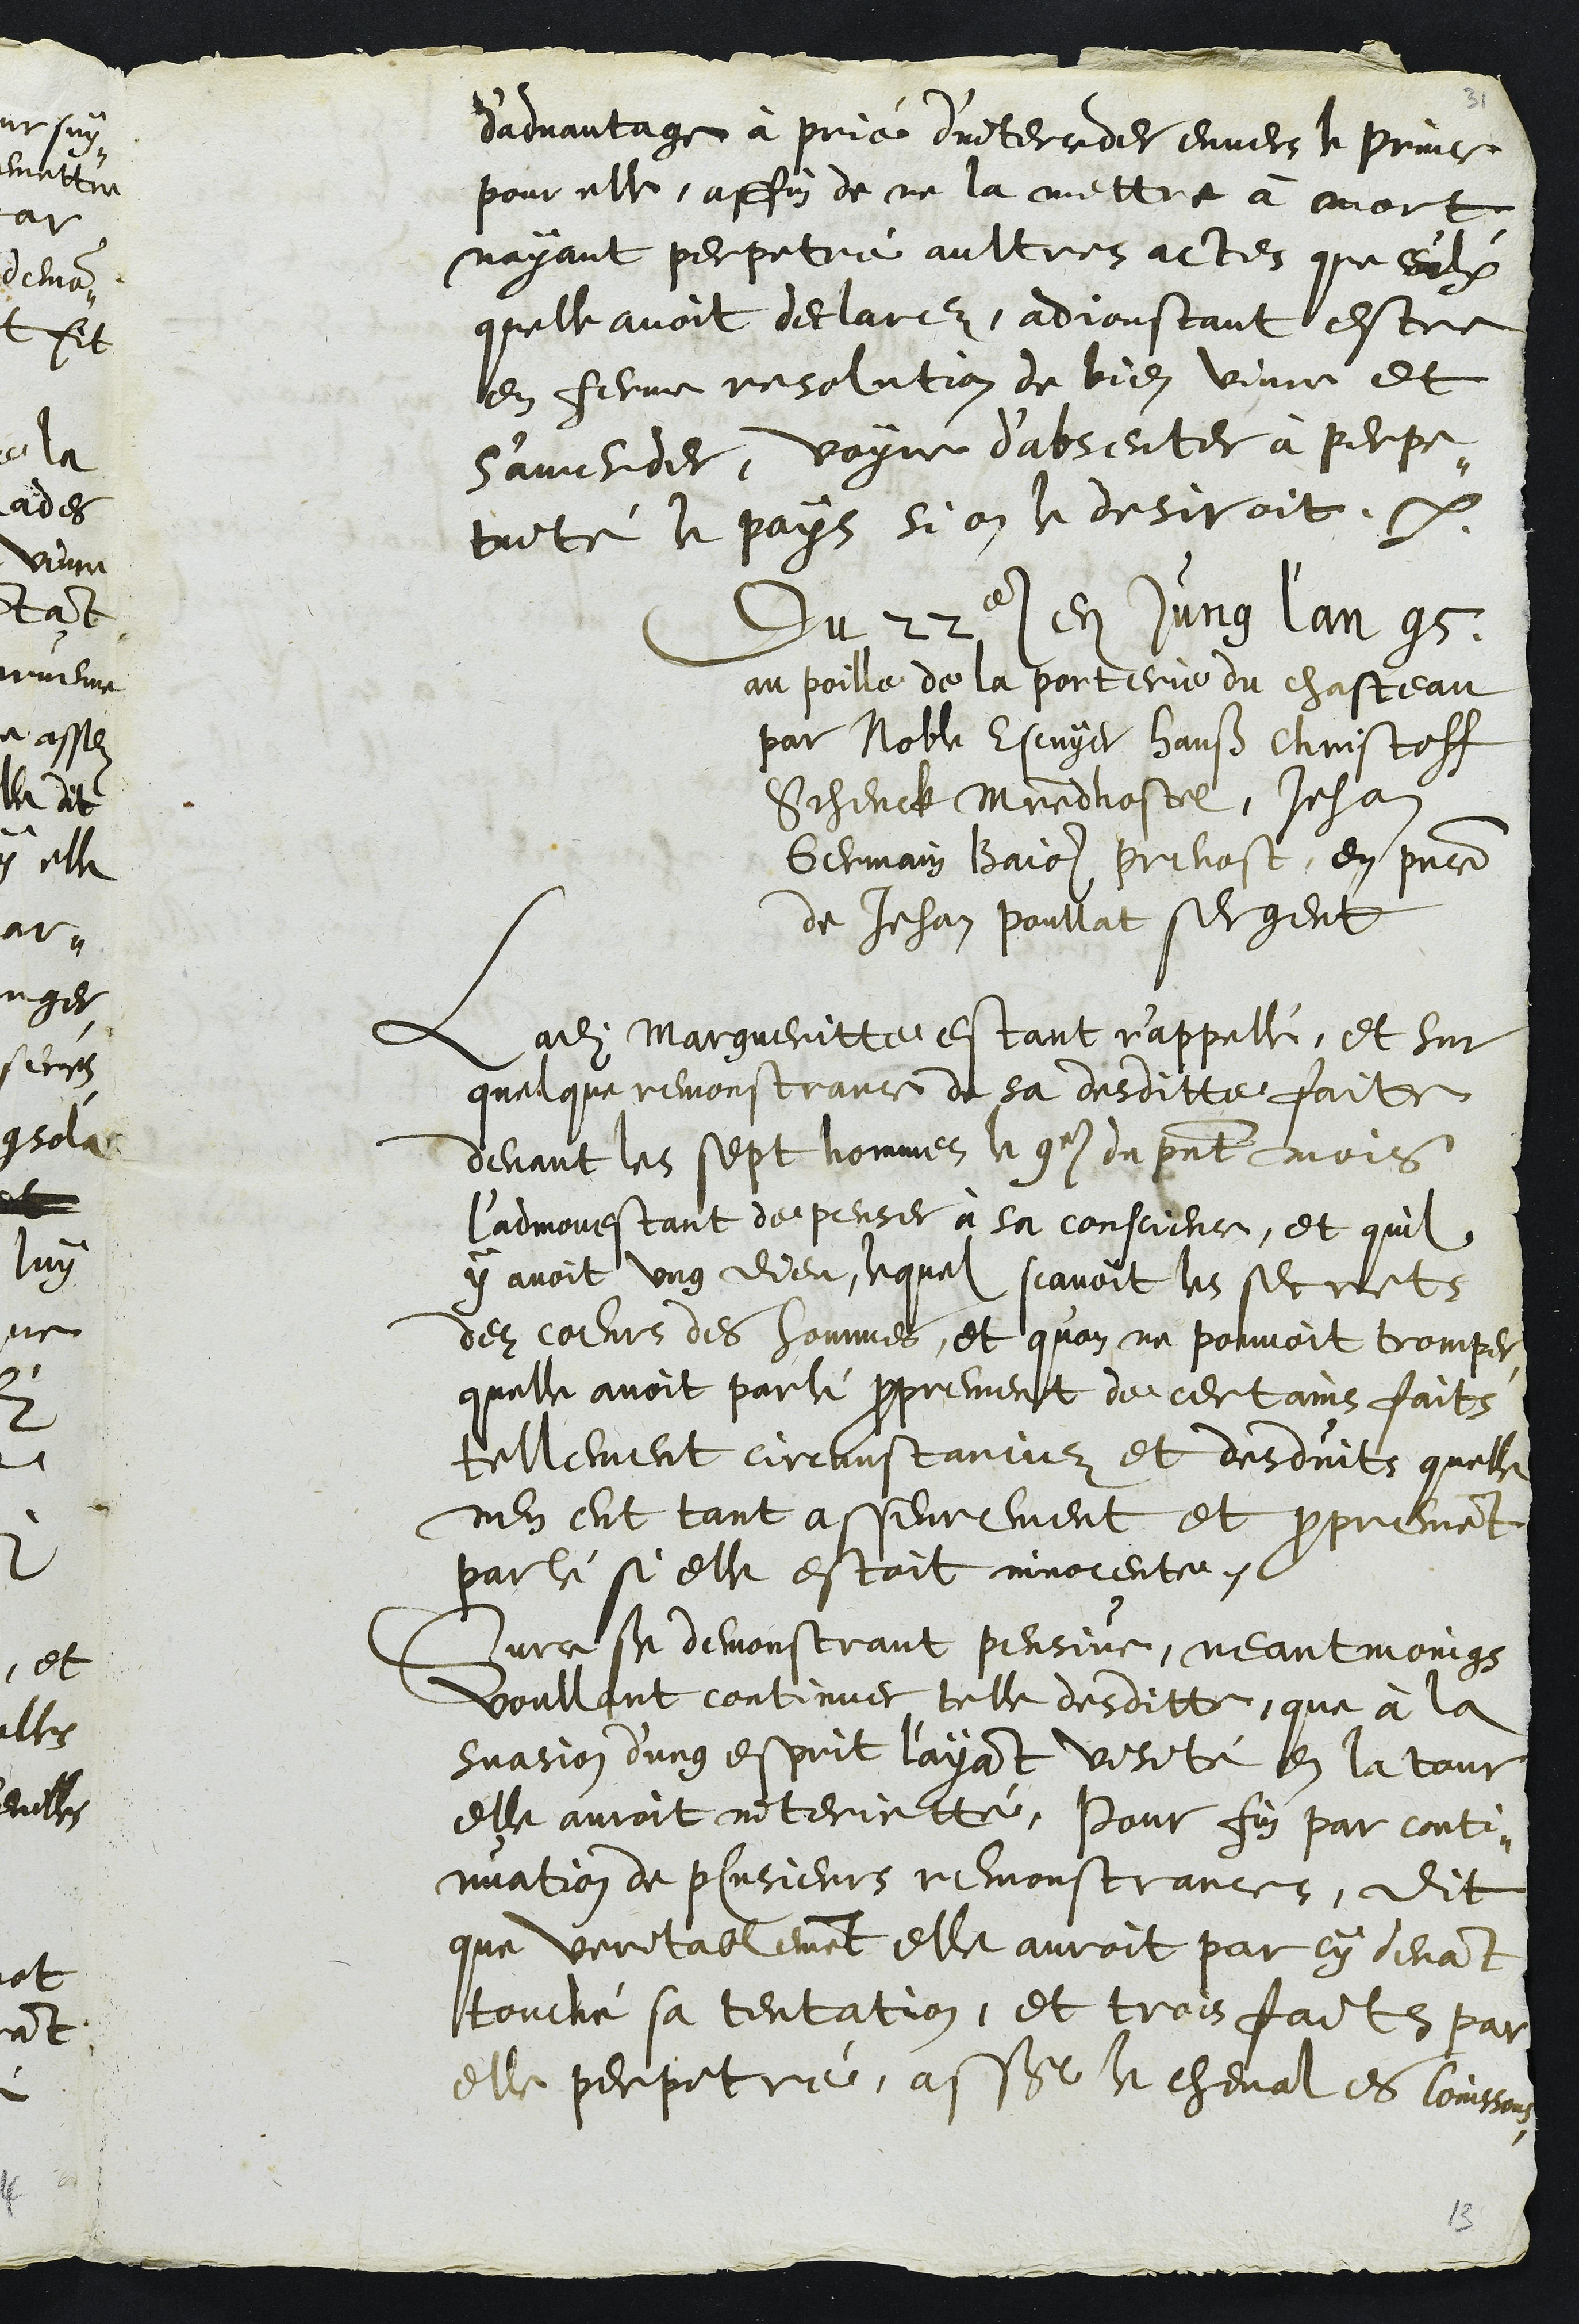
d'advantage à prié d'interceder envers le Prince
pour elle, affin de ne la mettre à mort
nayant perpetré aultres actes que ceulx
quelle avoit declarez, adjoustant estre
en ferme resolution de bien vivre et
s'amender, voyre d’absenter à perpé-
tuité le pays si on le desiroit.
Du 22e en Jung l'an 95
au poille de la porterie du chasteau
par Noble Escuyer Hans Christoff
Schenck Maitre dhostel, Jehan
Germain Bajol prevost, en presence
de Jehan Poullat sergent
Ladite Margueritte estant r'appellé, et sur
quelque remonstrance de sa desditte faitte
devant les sept hommes le 9e du present mois
l’admonestant de penser à sa conscience, et quil
y avoit ung dieu, lequel scavoit les secrets
des coeurs des hommes, et quon ne pouvoit tromper,
quelle avoit parlé proprement de certains faits
tellement circunstanciez et desduits quelle
nen eut tant asseurement et proprement
parlé si elle estoit innocente.
Surce se demonstrant pensive, neantmoings
voullant continuer telle desditte, que à la
suasion d'ung esprit l'ayant visité en la tour
elle auroit interjetté, Pour fin par conti-
nuation de plusieurs remonstrances, Dit
que veritablement elle auroit par cy devant
touché sa tentation, et trois faits par
elle perpetré, assavoir cheval es Coinssons